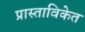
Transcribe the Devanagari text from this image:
प्रास्ताविकेत